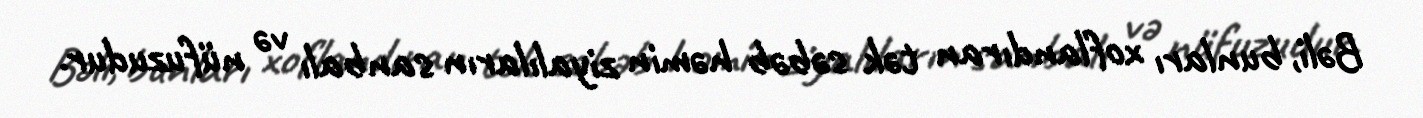
Bəli, bunları xoflandıran tək səbəb həmin ziyalıların sanbalı və nüfuzudur.